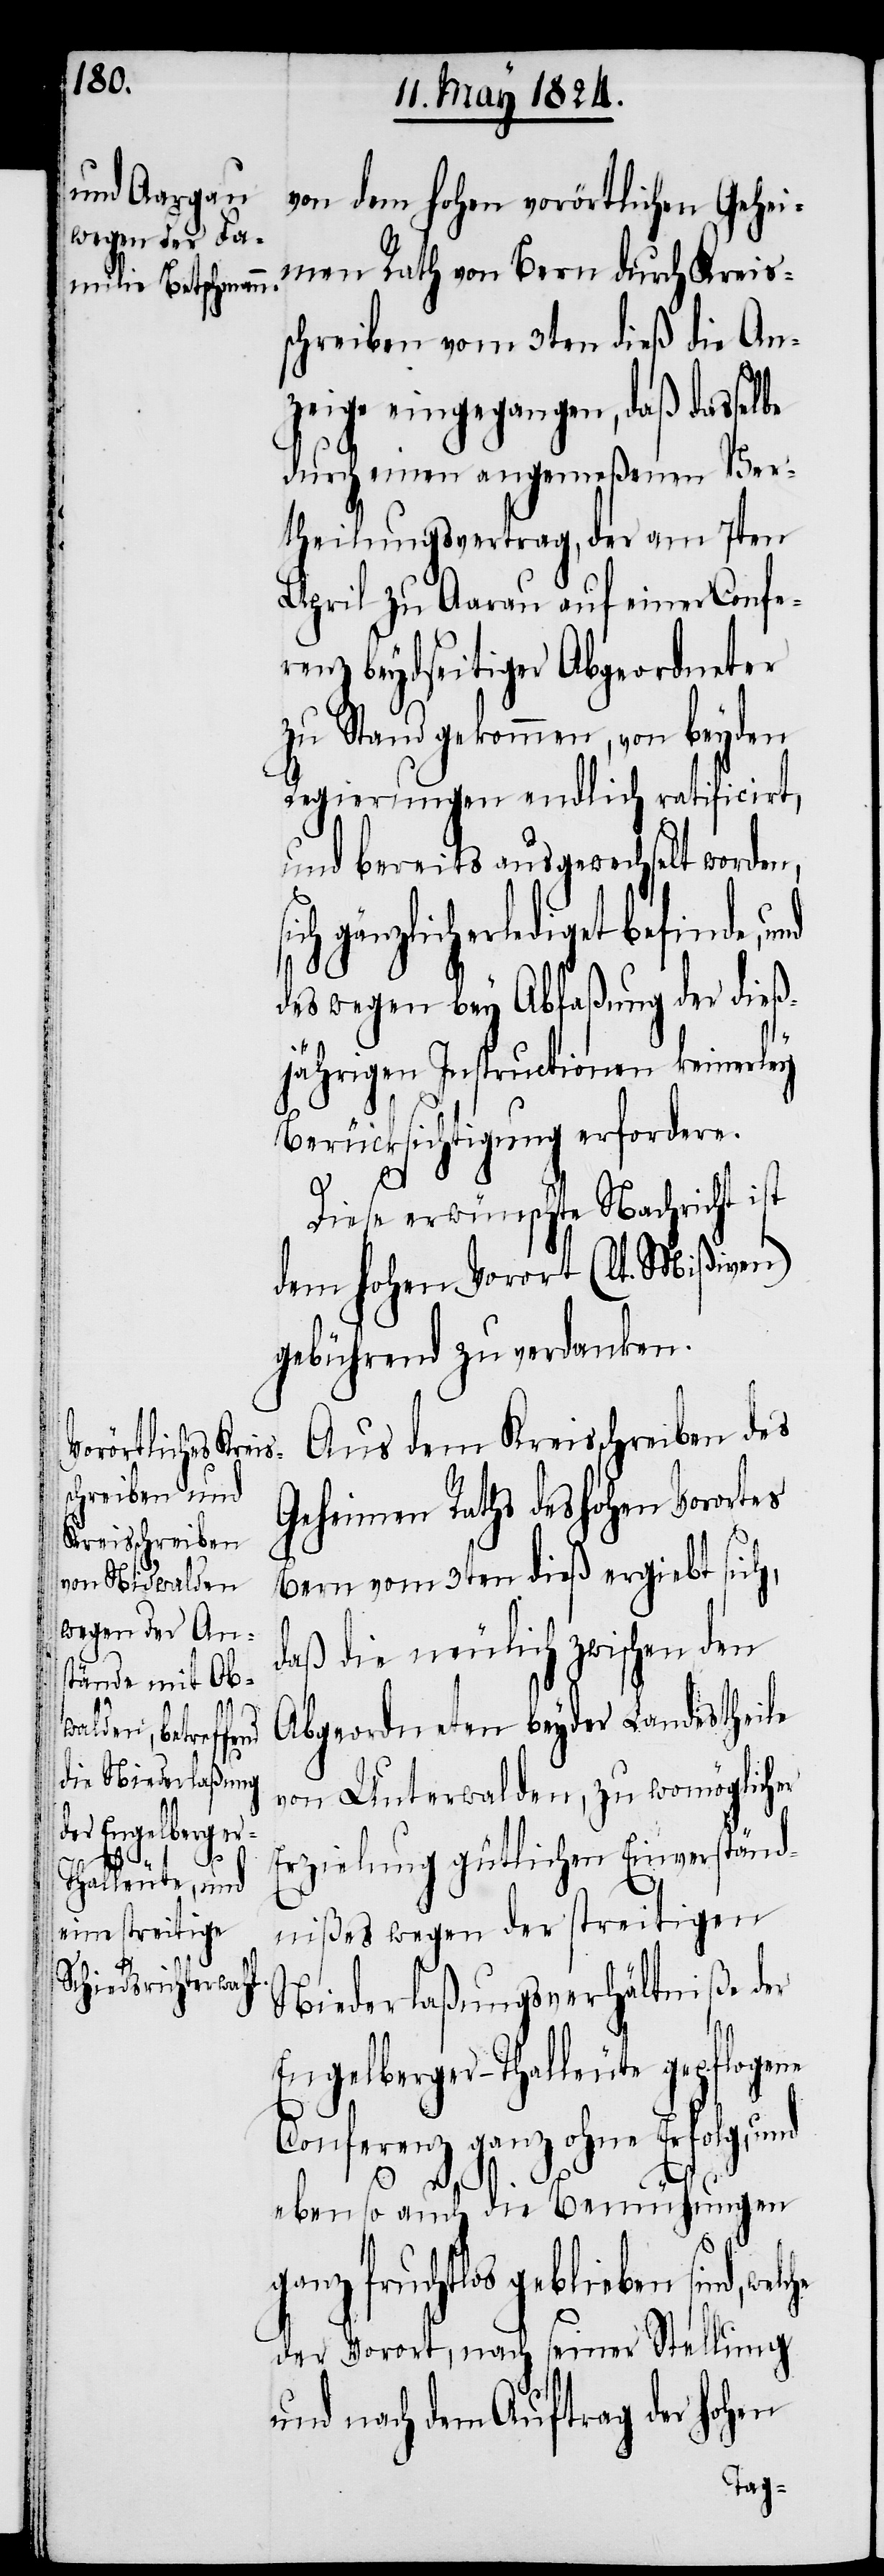
befinde, und

von dem hohen vorörtlichen Gehei¬
men Rath von Bern durch Kreis¬
schreiben vom 3ten dieß die An¬
zeige eingegangen, daß dasselbe
durch einen angemeßenen Ver¬
theilungsvertrag, der am 7ten
April zu Aarau auf einer Confe¬
renz beydseitiger Abgeordneter
zu Stand gekommen, von beyden
Regierung endlich ratificirt,
und bereits ausgewechselt worden,
sich gänzlich erlediget
des wegen bey Abfaßung der dieß¬
jährigen Instructionen keinerley
Berücksichtigung erfordere.
Diese erwünschte Nachricht ist
dem hohen Vorort (lt. Mißiven)
gebührend zu verdanken.
Aus dem Kreisschreiben des
Geheimen Raths des hohen Vororts
Bern vom 3ten dieß ergiebt sich,
daß die neulich zwischen den
Abgeordneten beyder Landestheile
von Unterwalden, zu womöglicher
Erzielung gütlichen Einverständ¬
nißes wegen der streitigen
Niederlaßungsverhältniße der
Engelberger-Thalleute gepflogene
Conferenz ganz ohne Erfolg, und
ebenso auch die Bemühungen
ganz fruchtlos geblieben sind,
der Vorort, nach seiner Stellung
und nach dem Auftrag der hohen